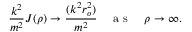
\frac { k ^ { 2 } } { m ^ { 2 } } J ( \rho ) \to \frac { ( k ^ { 2 } r _ { o } ^ { 2 } ) } { m ^ { 2 } } \quad \mathrm { ~ a ~ s ~ } \quad \rho \to \infty .